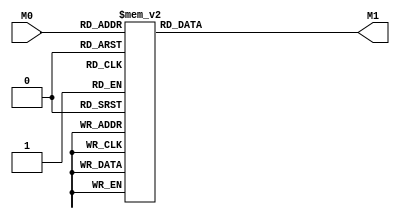
module layer3_N2 ( input [7:0] M0, output [1:0] M1 );

	(*rom_style = "distributed" *) reg [1:0] M1r;
	assign M1 = M1r;
	always @ (M0) begin
		case (M0)
			8'b00000000: M1r = 2'b01;
			8'b01000000: M1r = 2'b01;
			8'b10000000: M1r = 2'b01;
			8'b11000000: M1r = 2'b01;
			8'b00010000: M1r = 2'b10;
			8'b01010000: M1r = 2'b10;
			8'b10010000: M1r = 2'b10;
			8'b11010000: M1r = 2'b10;
			8'b00100000: M1r = 2'b11;
			8'b01100000: M1r = 2'b11;
			8'b10100000: M1r = 2'b11;
			8'b11100000: M1r = 2'b11;
			8'b00110000: M1r = 2'b11;
			8'b01110000: M1r = 2'b11;
			8'b10110000: M1r = 2'b11;
			8'b11110000: M1r = 2'b11;
			8'b00000100: M1r = 2'b00;
			8'b01000100: M1r = 2'b00;
			8'b10000100: M1r = 2'b00;
			8'b11000100: M1r = 2'b00;
			8'b00010100: M1r = 2'b01;
			8'b01010100: M1r = 2'b01;
			8'b10010100: M1r = 2'b01;
			8'b11010100: M1r = 2'b01;
			8'b00100100: M1r = 2'b10;
			8'b01100100: M1r = 2'b10;
			8'b10100100: M1r = 2'b10;
			8'b11100100: M1r = 2'b10;
			8'b00110100: M1r = 2'b11;
			8'b01110100: M1r = 2'b11;
			8'b10110100: M1r = 2'b11;
			8'b11110100: M1r = 2'b11;
			8'b00001000: M1r = 2'b00;
			8'b01001000: M1r = 2'b00;
			8'b10001000: M1r = 2'b00;
			8'b11001000: M1r = 2'b00;
			8'b00011000: M1r = 2'b00;
			8'b01011000: M1r = 2'b00;
			8'b10011000: M1r = 2'b00;
			8'b11011000: M1r = 2'b00;
			8'b00101000: M1r = 2'b01;
			8'b01101000: M1r = 2'b01;
			8'b10101000: M1r = 2'b00;
			8'b11101000: M1r = 2'b00;
			8'b00111000: M1r = 2'b01;
			8'b01111000: M1r = 2'b01;
			8'b10111000: M1r = 2'b01;
			8'b11111000: M1r = 2'b01;
			8'b00001100: M1r = 2'b00;
			8'b01001100: M1r = 2'b00;
			8'b10001100: M1r = 2'b00;
			8'b11001100: M1r = 2'b00;
			8'b00011100: M1r = 2'b00;
			8'b01011100: M1r = 2'b00;
			8'b10011100: M1r = 2'b00;
			8'b11011100: M1r = 2'b00;
			8'b00101100: M1r = 2'b00;
			8'b01101100: M1r = 2'b00;
			8'b10101100: M1r = 2'b00;
			8'b11101100: M1r = 2'b00;
			8'b00111100: M1r = 2'b00;
			8'b01111100: M1r = 2'b00;
			8'b10111100: M1r = 2'b00;
			8'b11111100: M1r = 2'b00;
			8'b00000001: M1r = 2'b00;
			8'b01000001: M1r = 2'b00;
			8'b10000001: M1r = 2'b00;
			8'b11000001: M1r = 2'b00;
			8'b00010001: M1r = 2'b01;
			8'b01010001: M1r = 2'b01;
			8'b10010001: M1r = 2'b01;
			8'b11010001: M1r = 2'b01;
			8'b00100001: M1r = 2'b10;
			8'b01100001: M1r = 2'b10;
			8'b10100001: M1r = 2'b10;
			8'b11100001: M1r = 2'b10;
			8'b00110001: M1r = 2'b11;
			8'b01110001: M1r = 2'b11;
			8'b10110001: M1r = 2'b11;
			8'b11110001: M1r = 2'b11;
			8'b00000101: M1r = 2'b00;
			8'b01000101: M1r = 2'b00;
			8'b10000101: M1r = 2'b00;
			8'b11000101: M1r = 2'b00;
			8'b00010101: M1r = 2'b00;
			8'b01010101: M1r = 2'b00;
			8'b10010101: M1r = 2'b00;
			8'b11010101: M1r = 2'b00;
			8'b00100101: M1r = 2'b01;
			8'b01100101: M1r = 2'b01;
			8'b10100101: M1r = 2'b01;
			8'b11100101: M1r = 2'b01;
			8'b00110101: M1r = 2'b10;
			8'b01110101: M1r = 2'b10;
			8'b10110101: M1r = 2'b10;
			8'b11110101: M1r = 2'b10;
			8'b00001001: M1r = 2'b00;
			8'b01001001: M1r = 2'b00;
			8'b10001001: M1r = 2'b00;
			8'b11001001: M1r = 2'b00;
			8'b00011001: M1r = 2'b00;
			8'b01011001: M1r = 2'b00;
			8'b10011001: M1r = 2'b00;
			8'b11011001: M1r = 2'b00;
			8'b00101001: M1r = 2'b00;
			8'b01101001: M1r = 2'b00;
			8'b10101001: M1r = 2'b00;
			8'b11101001: M1r = 2'b00;
			8'b00111001: M1r = 2'b01;
			8'b01111001: M1r = 2'b01;
			8'b10111001: M1r = 2'b01;
			8'b11111001: M1r = 2'b01;
			8'b00001101: M1r = 2'b00;
			8'b01001101: M1r = 2'b00;
			8'b10001101: M1r = 2'b00;
			8'b11001101: M1r = 2'b00;
			8'b00011101: M1r = 2'b00;
			8'b01011101: M1r = 2'b00;
			8'b10011101: M1r = 2'b00;
			8'b11011101: M1r = 2'b00;
			8'b00101101: M1r = 2'b00;
			8'b01101101: M1r = 2'b00;
			8'b10101101: M1r = 2'b00;
			8'b11101101: M1r = 2'b00;
			8'b00111101: M1r = 2'b00;
			8'b01111101: M1r = 2'b00;
			8'b10111101: M1r = 2'b00;
			8'b11111101: M1r = 2'b00;
			8'b00000010: M1r = 2'b00;
			8'b01000010: M1r = 2'b00;
			8'b10000010: M1r = 2'b00;
			8'b11000010: M1r = 2'b00;
			8'b00010010: M1r = 2'b01;
			8'b01010010: M1r = 2'b01;
			8'b10010010: M1r = 2'b01;
			8'b11010010: M1r = 2'b01;
			8'b00100010: M1r = 2'b10;
			8'b01100010: M1r = 2'b10;
			8'b10100010: M1r = 2'b10;
			8'b11100010: M1r = 2'b10;
			8'b00110010: M1r = 2'b11;
			8'b01110010: M1r = 2'b11;
			8'b10110010: M1r = 2'b11;
			8'b11110010: M1r = 2'b11;
			8'b00000110: M1r = 2'b00;
			8'b01000110: M1r = 2'b00;
			8'b10000110: M1r = 2'b00;
			8'b11000110: M1r = 2'b00;
			8'b00010110: M1r = 2'b00;
			8'b01010110: M1r = 2'b00;
			8'b10010110: M1r = 2'b00;
			8'b11010110: M1r = 2'b00;
			8'b00100110: M1r = 2'b01;
			8'b01100110: M1r = 2'b01;
			8'b10100110: M1r = 2'b00;
			8'b11100110: M1r = 2'b00;
			8'b00110110: M1r = 2'b01;
			8'b01110110: M1r = 2'b01;
			8'b10110110: M1r = 2'b01;
			8'b11110110: M1r = 2'b01;
			8'b00001010: M1r = 2'b00;
			8'b01001010: M1r = 2'b00;
			8'b10001010: M1r = 2'b00;
			8'b11001010: M1r = 2'b00;
			8'b00011010: M1r = 2'b00;
			8'b01011010: M1r = 2'b00;
			8'b10011010: M1r = 2'b00;
			8'b11011010: M1r = 2'b00;
			8'b00101010: M1r = 2'b00;
			8'b01101010: M1r = 2'b00;
			8'b10101010: M1r = 2'b00;
			8'b11101010: M1r = 2'b00;
			8'b00111010: M1r = 2'b00;
			8'b01111010: M1r = 2'b00;
			8'b10111010: M1r = 2'b00;
			8'b11111010: M1r = 2'b00;
			8'b00001110: M1r = 2'b00;
			8'b01001110: M1r = 2'b00;
			8'b10001110: M1r = 2'b00;
			8'b11001110: M1r = 2'b00;
			8'b00011110: M1r = 2'b00;
			8'b01011110: M1r = 2'b00;
			8'b10011110: M1r = 2'b00;
			8'b11011110: M1r = 2'b00;
			8'b00101110: M1r = 2'b00;
			8'b01101110: M1r = 2'b00;
			8'b10101110: M1r = 2'b00;
			8'b11101110: M1r = 2'b00;
			8'b00111110: M1r = 2'b00;
			8'b01111110: M1r = 2'b00;
			8'b10111110: M1r = 2'b00;
			8'b11111110: M1r = 2'b00;
			8'b00000011: M1r = 2'b00;
			8'b01000011: M1r = 2'b00;
			8'b10000011: M1r = 2'b00;
			8'b11000011: M1r = 2'b00;
			8'b00010011: M1r = 2'b00;
			8'b01010011: M1r = 2'b00;
			8'b10010011: M1r = 2'b00;
			8'b11010011: M1r = 2'b00;
			8'b00100011: M1r = 2'b01;
			8'b01100011: M1r = 2'b01;
			8'b10100011: M1r = 2'b01;
			8'b11100011: M1r = 2'b01;
			8'b00110011: M1r = 2'b10;
			8'b01110011: M1r = 2'b10;
			8'b10110011: M1r = 2'b10;
			8'b11110011: M1r = 2'b10;
			8'b00000111: M1r = 2'b00;
			8'b01000111: M1r = 2'b00;
			8'b10000111: M1r = 2'b00;
			8'b11000111: M1r = 2'b00;
			8'b00010111: M1r = 2'b00;
			8'b01010111: M1r = 2'b00;
			8'b10010111: M1r = 2'b00;
			8'b11010111: M1r = 2'b00;
			8'b00100111: M1r = 2'b00;
			8'b01100111: M1r = 2'b00;
			8'b10100111: M1r = 2'b00;
			8'b11100111: M1r = 2'b00;
			8'b00110111: M1r = 2'b01;
			8'b01110111: M1r = 2'b01;
			8'b10110111: M1r = 2'b01;
			8'b11110111: M1r = 2'b01;
			8'b00001011: M1r = 2'b00;
			8'b01001011: M1r = 2'b00;
			8'b10001011: M1r = 2'b00;
			8'b11001011: M1r = 2'b00;
			8'b00011011: M1r = 2'b00;
			8'b01011011: M1r = 2'b00;
			8'b10011011: M1r = 2'b00;
			8'b11011011: M1r = 2'b00;
			8'b00101011: M1r = 2'b00;
			8'b01101011: M1r = 2'b00;
			8'b10101011: M1r = 2'b00;
			8'b11101011: M1r = 2'b00;
			8'b00111011: M1r = 2'b00;
			8'b01111011: M1r = 2'b00;
			8'b10111011: M1r = 2'b00;
			8'b11111011: M1r = 2'b00;
			8'b00001111: M1r = 2'b00;
			8'b01001111: M1r = 2'b00;
			8'b10001111: M1r = 2'b00;
			8'b11001111: M1r = 2'b00;
			8'b00011111: M1r = 2'b00;
			8'b01011111: M1r = 2'b00;
			8'b10011111: M1r = 2'b00;
			8'b11011111: M1r = 2'b00;
			8'b00101111: M1r = 2'b00;
			8'b01101111: M1r = 2'b00;
			8'b10101111: M1r = 2'b00;
			8'b11101111: M1r = 2'b00;
			8'b00111111: M1r = 2'b00;
			8'b01111111: M1r = 2'b00;
			8'b10111111: M1r = 2'b00;
			8'b11111111: M1r = 2'b00;

		endcase
	end
endmodule